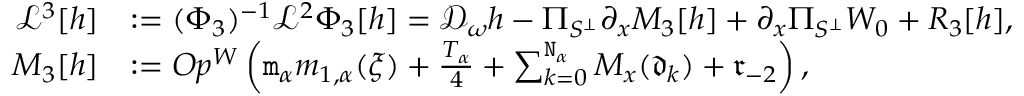
\begin{array} { r l } { \mathcal { L } ^ { 3 } [ h ] } & { : = ( \Phi _ { 3 } ) ^ { - 1 } \mathcal { L } ^ { 2 } \Phi _ { 3 } [ h ] = \mathcal { D } _ { \omega } h - \Pi _ { S ^ { \perp } } \partial _ { x } M _ { 3 } [ h ] + \partial _ { x } \Pi _ { S ^ { \perp } } W _ { 0 } + R _ { 3 } [ h ] , } \\ { M _ { 3 } [ h ] } & { : = O p ^ { W } \left( \mathtt { m } _ { \alpha } m _ { 1 , \alpha } ( \xi ) + \frac { T _ { \alpha } } 4 + \sum _ { k = 0 } ^ { \mathtt { N } _ { \alpha } } M _ { x } ( \mathfrak { d } _ { k } ) + \mathfrak { r } _ { - 2 } \right) , } \end{array}